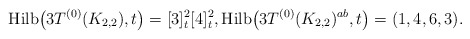
\begin{gather*}{\rm Hilb}\big(3T^{(0)}(K_{2,2}),t\big)=[3]_{t}^{2} [4]_{t}^{2},{\rm Hilb}\big(3T^{(0)}(K_{2,2})^{ab},t\big)=(1,4,6,3).\end{gather*}